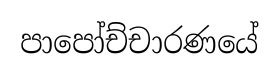
පාපෝච්චාරණයේ